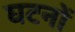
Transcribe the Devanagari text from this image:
घटनों